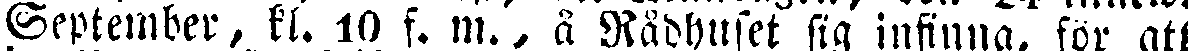
September, kl. 10 f. m., å Rådhuset sig infinna, för att